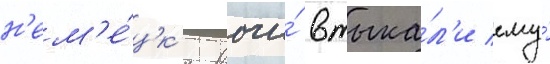
н'ем'е́цк'ие врачи́ втыка́л'и ему́